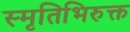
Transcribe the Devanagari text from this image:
स्मृतिभिरुक्त